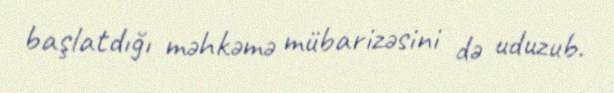
başlatdığı məhkəmə mübarizəsini də uduzub.